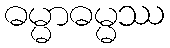
ဓမ္မာဓမ္မဿ